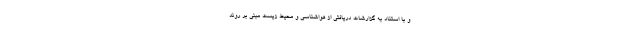
و با استناد به گزارشات دریافتی از هواشناسی و محیط زیست مبنی بر روند